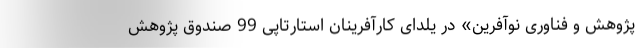
پژوهش و فناوری نوآفرین» در یلدای کارآفرینان استارتاپی 99 صندوق پژوهش